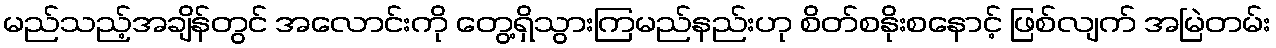
မည်သည့်အချိန်တွင် အလောင်းကို တွေ့ရှိသွားကြမည်နည်းဟု စိတ်စနိုးစနောင့် ဖြစ်လျက် အမြဲတမ်း